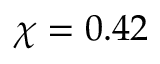
\chi = 0 . 4 2